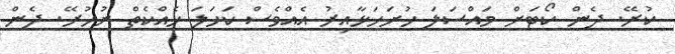
ކުރޭ. ދެން ކޯޓަށް މައްސަލަ ހުށަހަޅާއިރު އެއްވެސް ކަހަލަ ހެއްކެތް ނުހުރޭ. ދެން